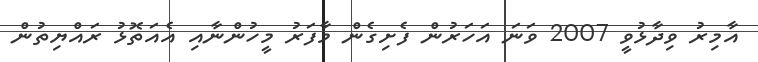
އާމިރު ވިދާޅުވީ 2007 ވަނަ އަހަރުން ފެށިގެން މާފަރު މީހުންނާއި އެއަތޮޅު ރައްޔިތުން